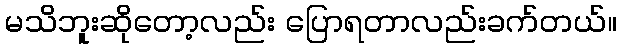
မသိဘူးဆိုတော့လည်း ပြောရတာလည်းခက်တယ်။